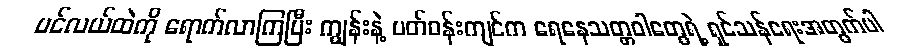
ပင်လယ်ထဲကို ရောက်လာကြပြီး ကျွန်းနဲ့ ပတ်ဝန်းကျင်က ရေနေသတ္တဝါတွေရဲ့ ရှင်သန်ရေးအတွက်ပါ